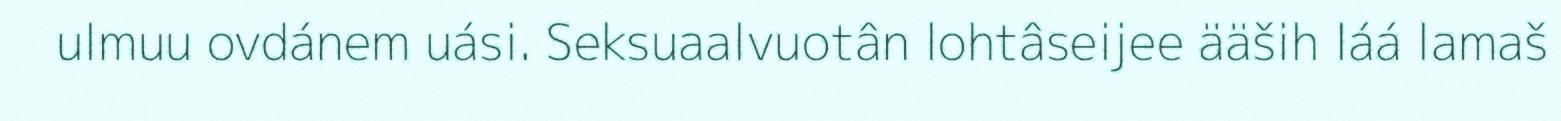
ulmuu ovdánem uási. Seksuaalvuotân lohtâseijee ääših láá lamaš